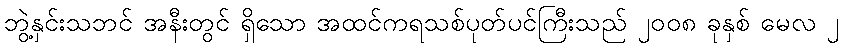
ဘွဲ့နှင်းသဘင် အနီးတွင် ရှိသော အထင်ကရသစ်ပုတ်ပင်ကြီးသည် ၂၀၀၈ ခုနှစ် မေလ ၂